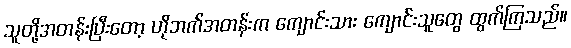
သူတို့အတန်းပြီးတော့ ဟိုဘက်အတန်းက ကျောင်းသား ကျောင်းသူတွေ ထွက်ကြသည်။